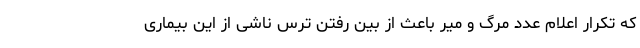
که تکرار اعلام عدد مرگ و میر باعث از بین رفتن ترس ناشی از این بیماری